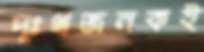
দুঃখজনকই